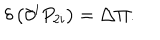
\delta \left( \partial ^ { i } P _ { 2 i } \right) = \triangle \Pi .